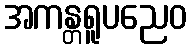
အကန္တရူပညေဝ